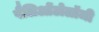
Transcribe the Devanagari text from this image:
पैलिओंटोलॉजी